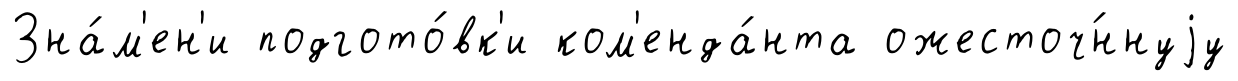
Зна́м'ен'и подгото́вк'и ком'енда́нта ожесточ́ннуjу